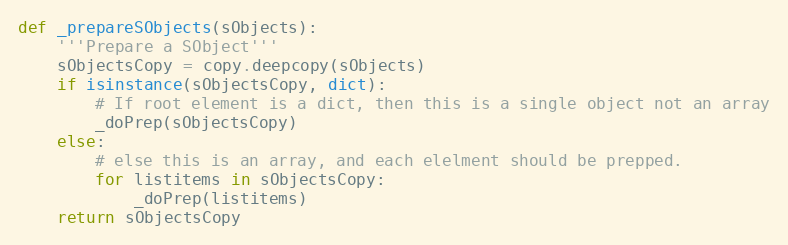
Language: Python
def _prepareSObjects(sObjects):
    '''Prepare a SObject'''
    sObjectsCopy = copy.deepcopy(sObjects)
    if isinstance(sObjectsCopy, dict):
        # If root element is a dict, then this is a single object not an array
        _doPrep(sObjectsCopy)
    else:
        # else this is an array, and each elelment should be prepped.
        for listitems in sObjectsCopy:
            _doPrep(listitems)
    return sObjectsCopy